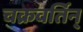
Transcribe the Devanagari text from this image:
चक्रवर्तिन्